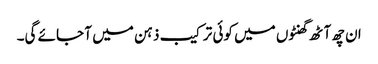
ان چھ آٹھ گھنٹوں میں کوئی ترکیب ذہن میں آ جائے گی۔